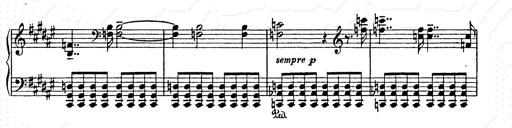
Title: AnnÃ©es de pÃ¨lerinage II
Composer: Franz Liszt